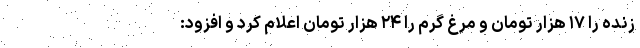
زنده را ۱۷ هزار تومان و مرغ گرم را ۲۴ هزار تومان اعلام کرد و افزود: